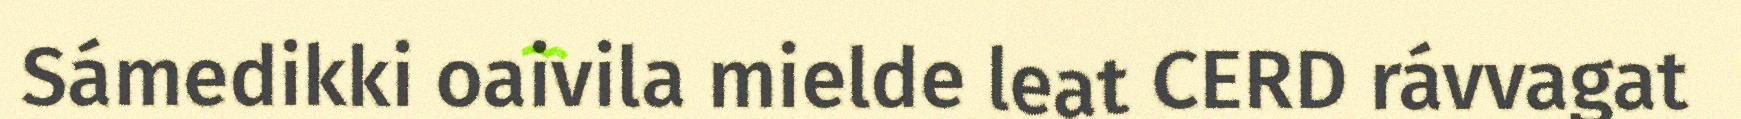
Sámedikki oaivila mielde leat CERD rávvagat